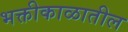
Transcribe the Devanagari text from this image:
भक्तीकाळातील